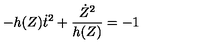
- h ( Z ) \dot { t } ^ { 2 } + \frac { \dot { Z } ^ { 2 } } { h ( Z ) } = - 1